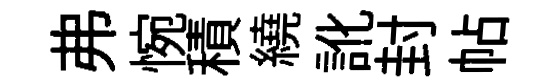
弗惋積繞訛封帖